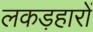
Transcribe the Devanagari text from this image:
लकड़हारों